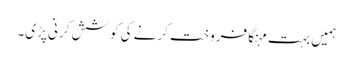
ہمیں بہت مہنگا فروخت کرنے کی کوشش کرنی پڑی۔